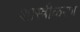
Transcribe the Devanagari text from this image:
शास्त्रीकरण